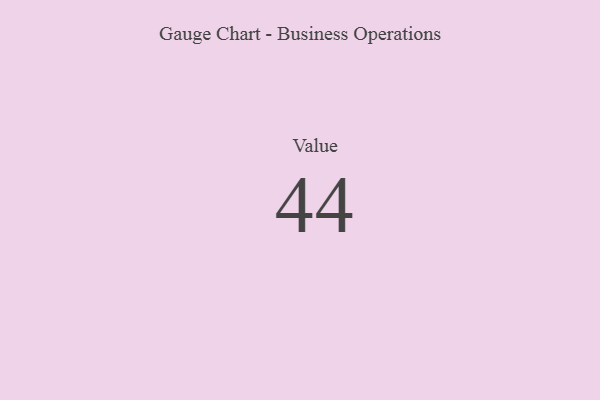
{"axis": {"x": "Metric", "y": "Value"}, "legend": [""], "data": [{"x": "Value", "y": 44, "type": ""}]}